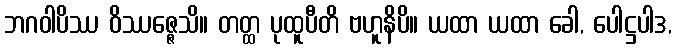
ဘဂဝါပိဿ ဝိဿဇ္ဇေသိ။ တတ္ထ ပုထူပီတိ ဗဟူနိပိ။ ယထာ ယထာ ခေါ, ပေါဋ္ဌပါဒ,